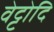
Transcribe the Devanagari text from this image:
वेट्टोदि